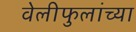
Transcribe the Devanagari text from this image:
वेलीफुलांच्या